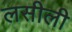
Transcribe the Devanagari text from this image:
लसीली